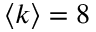
\langle k \rangle = 8